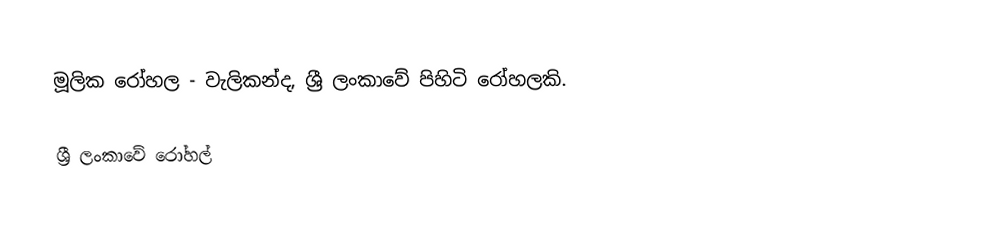
මූලික රෝහල - වැලිකන්ද, ශ්‍රී ලංකාවේ පිහිටි රෝහලකි.

ශ්‍රී ලංකාවේ රෝහල්